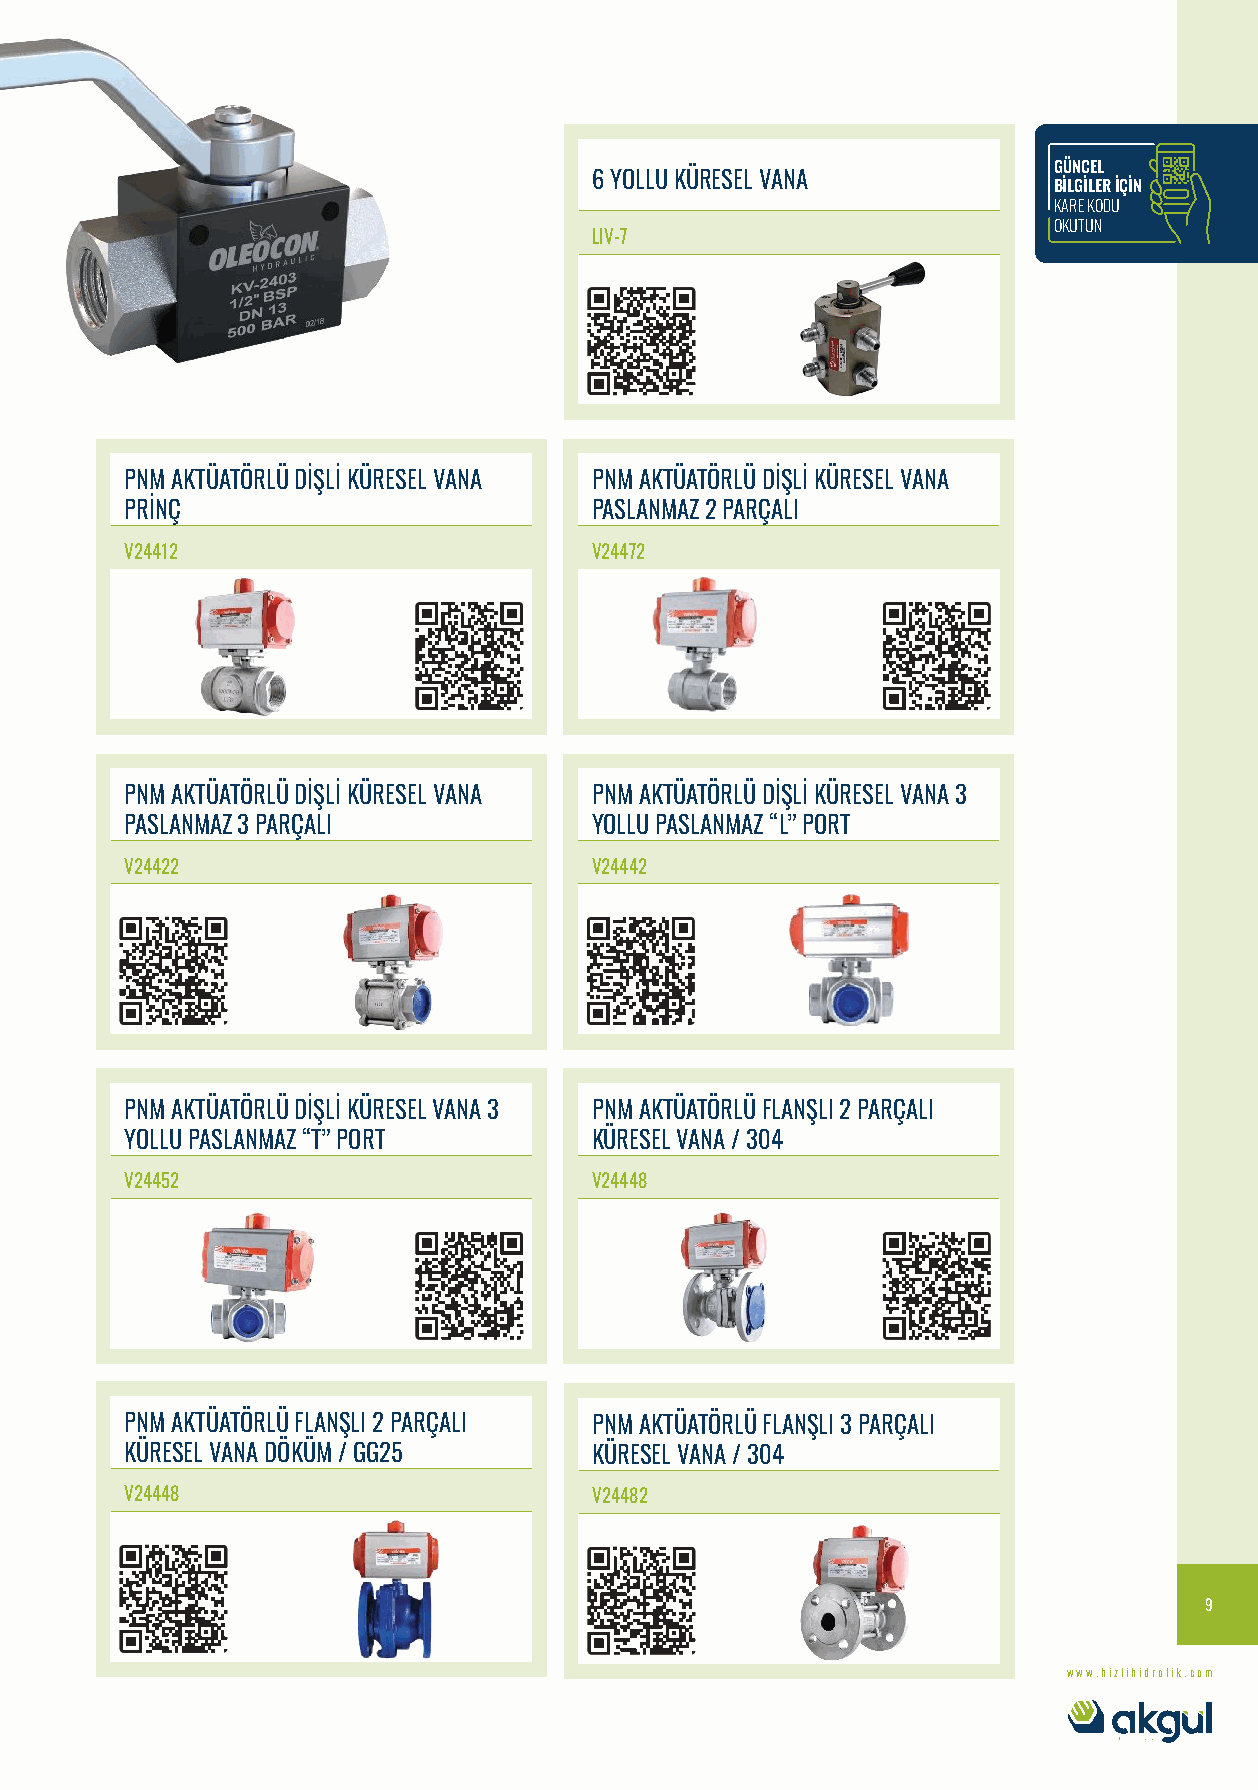
GÜNCEL
 6 YOLLU KÜRESEL VANA
 BİLGİLER İÇİN
 KARE KODU
 OKUTUN
 LIV-7
 PNM AKTÜATÖRLÜ DİŞLİ KÜRESEL VANA PNM AKTÜATÖRLÜ DİŞLİ KÜRESEL VANA
 PRİNÇ                          PASLANMAZ 2 PARÇALI
 V24412                         V24472
 PNM AKTÜATÖRLÜ DİŞLİ KÜRESEL VANA PNM AKTÜATÖRLÜ DİŞLİ KÜRESEL VANA 3
 PASLANMAZ 3 PARÇALI            YOLLU PASLANMAZ “L” PORT
 V24422                         V24442
 PNM AKTÜATÖRLÜ DİŞLİ KÜRESEL VANA 3 PNM AKTÜATÖRLÜ FLANŞLI 2 PARÇALI
 YOLLU PASLANMAZ “T” PORT       KÜRESEL VANA / 304
 V24452                         V24448
 PNM AKTÜATÖRLÜ FLANŞLI 2 PARÇALI PNM AKTÜATÖRLÜ FLANŞLI 3 PARÇALI
 KÜRESEL VANA DÖKÜM / GG25      KÜRESEL VANA / 304
 V24448                         V24482
 9
 www.hizlihidrolik.com